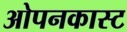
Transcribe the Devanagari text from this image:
ओपनकास्ट